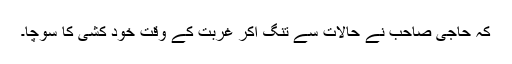
کہ حاجی صاحب نے حالات سے تنگ آکر غربت کے وقت خود کشی کا سوچا۔